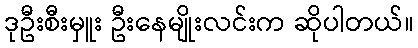
ဒုဦးစီးမှူး ဦးနေမျိုးလင်းက ဆိုပါတယ်။